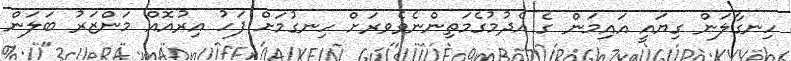
ހިނގާލަން ގިޔައީ އައިމަން ގެ އެދުުމުގެމަތިންނެވެވރަށް ހިނގުމަށް ފަހު އިރުއޮއް މަންޒަރު ބަލަން